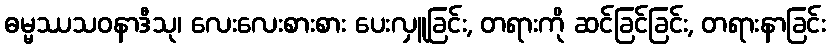
ဓမ္မဿသဝနာဒီသု၊ လေးလေးစားစား ပေးလှူခြင်း, တရားကို ဆင်ခြင်ခြင်း, တရားနာခြင်း